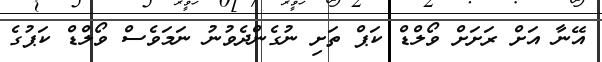
އޭނާ އަށް ރަށަށް ވޯލްޑް ކަޕް ތަށި ނުގެންދެވުނު ނަމަވެސް ވޯލްޑް ކަޕުގެ